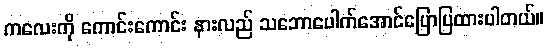
ကလေးကို ကောင်းကောင်း နားလည် သဘောပေါက်အောင်ပြောပြထားပါတယ်။